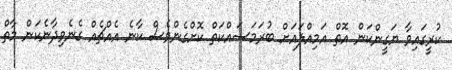
ކުރީގައިވާ ޔަގީންކަން އޮތް އަމިއްލައަށް ބުރަމަސައްކަތް ކޮށްގެންވެސް ކާނެ އެއްޗެއް ގެނެވިދާނެކަން މާތް